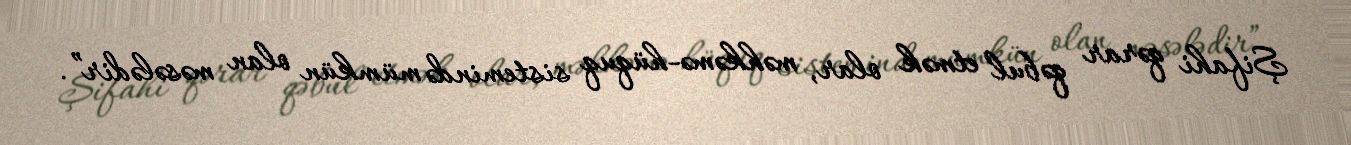
Şifahi qərar qəbul etmək olar, məhkəmə-hüquq sistemində mümkün olan məsələdir”.